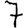
Digit: 7